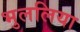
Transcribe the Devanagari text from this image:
भुललिया